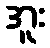
အူး